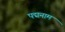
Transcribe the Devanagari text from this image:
पद्मनाम